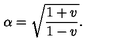
\alpha = \sqrt { \frac { 1 + v } { 1 - v } } .